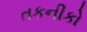
તકનીકો